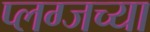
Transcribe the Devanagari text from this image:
प्लग्जच्या